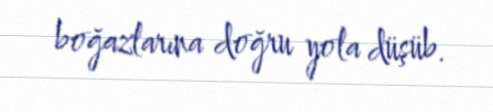
boğazlarına doğru yola düşüb.